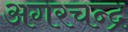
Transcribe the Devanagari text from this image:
अगरचन्द्र